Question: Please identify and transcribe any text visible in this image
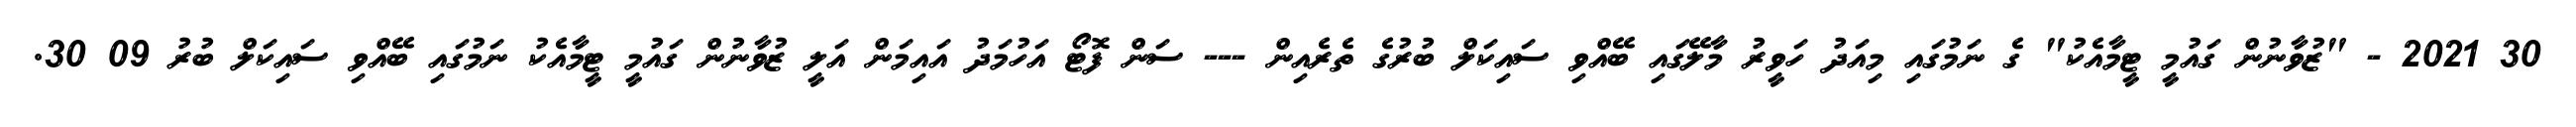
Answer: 30 2021 - "ޒުވާނުން ގައުމީ ޓީމާއެކު" ގެ ނަމުގައި މިއަދު ހަވީރު މާލޭގައި ބޭއްވި ސައިކަލް ބުރުގެ ތެރެއިން --- ސަން ފޮޓޯ އަހުމަދު އައިމަން އަލީ ޒުވާނުން ގައުމީ ޓީމާއެކު ނަމުގައި ބޭއްވި ސައިކަލް ބުރު 09 30.